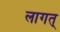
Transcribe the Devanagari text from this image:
लागत्